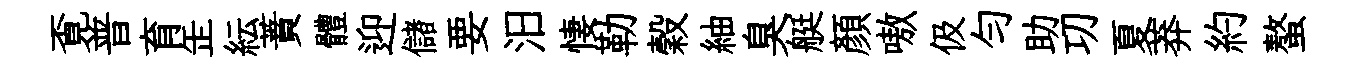
覔普育𦈢紜蕡體迎儲要汨悽勒穀紬臭艇顔嗷伋匀助㓛夏莽約螯